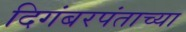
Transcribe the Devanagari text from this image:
दिगंबरपंताच्या